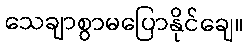
သေချာစွာမပြောနိုင်ချေ။